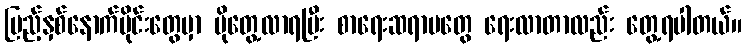
ပြည့်နှစ်နောက်ပိုင်းတွေမှာ ပိုတွေ့လာရပြီး စာရေးဆရာမတွေ ရေးလာတာလည်း တွေ့ရပါတယ်။